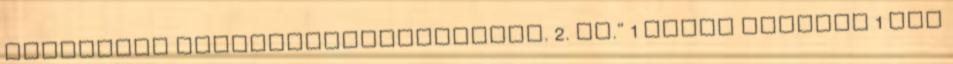
Összevont Alaptájékoztatójának. 2. sz." 1 évvel ezelőtt 1 FHB